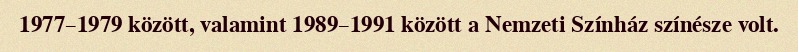
1977–1979 között, valamint 1989–1991 között a Nemzeti Színház színésze volt.